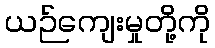
ယဉ်ကျေးမှုတို့ကို